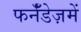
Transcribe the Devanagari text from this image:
फर्नॅंडेज़में